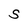
Character: S